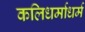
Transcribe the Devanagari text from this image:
कलिधर्माधर्म